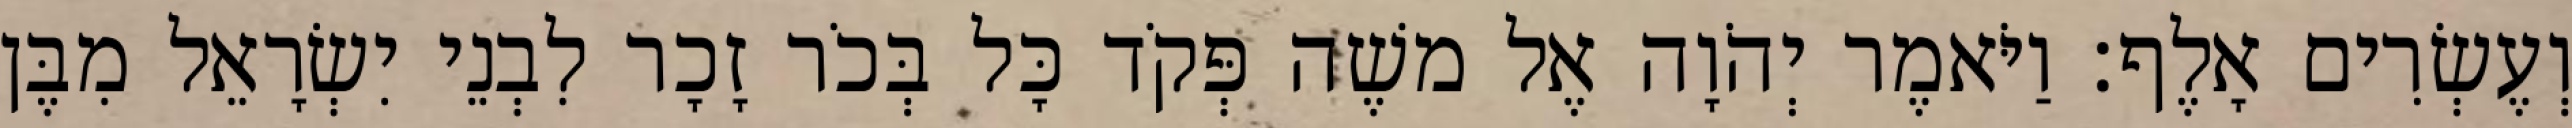
וְעֶשְׂרִים אָלֶף׃ וַיֹּאמֶר יְהֹוָה אֶל משֶׁה פְּקֹד כָּל בְּכֹר זָכָר לִבְנֵי יִשְׂרָאֵל מִבֶּן